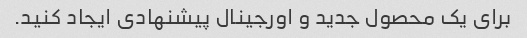
برای یک محصول جدید و اورجینال پیشنهادی ایجاد کنید.